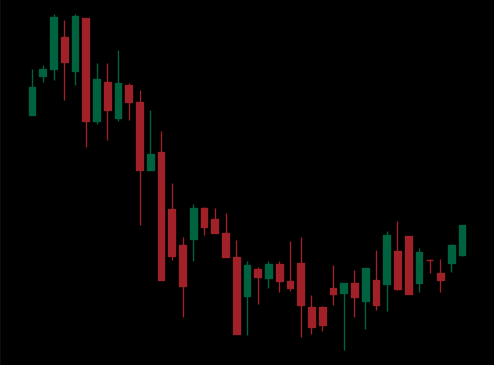
Pattern: bull_flag